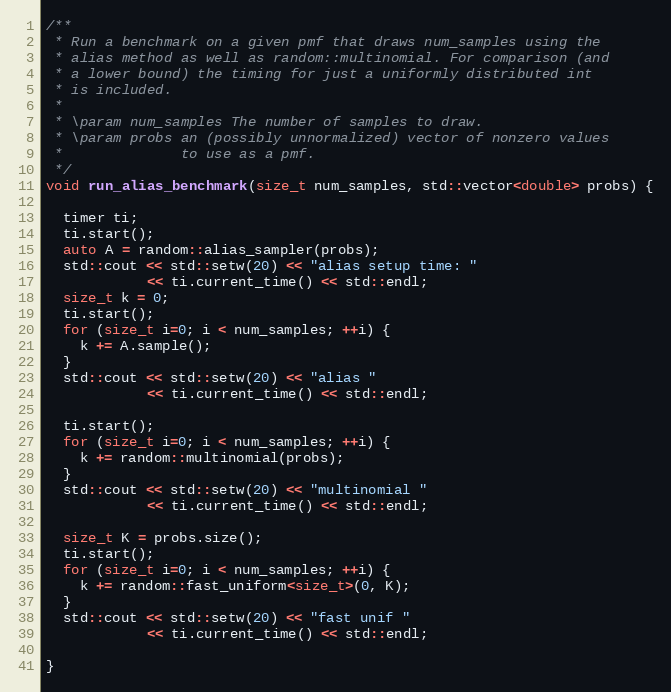
Language: C++
/**
 * Run a benchmark on a given pmf that draws num_samples using the
 * alias method as well as random::multinomial. For comparison (and
 * a lower bound) the timing for just a uniformly distributed int
 * is included.
 *
 * \param num_samples The number of samples to draw.
 * \param probs an (possibly unnormalized) vector of nonzero values
 *              to use as a pmf.
 */
void run_alias_benchmark(size_t num_samples, std::vector<double> probs) {

  timer ti;
  ti.start();
  auto A = random::alias_sampler(probs);
  std::cout << std::setw(20) << "alias setup time: "
            << ti.current_time() << std::endl;
  size_t k = 0;
  ti.start();
  for (size_t i=0; i < num_samples; ++i) {
    k += A.sample();
  }
  std::cout << std::setw(20) << "alias "
            << ti.current_time() << std::endl;

  ti.start();
  for (size_t i=0; i < num_samples; ++i) {
    k += random::multinomial(probs);
  }
  std::cout << std::setw(20) << "multinomial "
            << ti.current_time() << std::endl;

  size_t K = probs.size();
  ti.start();
  for (size_t i=0; i < num_samples; ++i) {
    k += random::fast_uniform<size_t>(0, K);
  }
  std::cout << std::setw(20) << "fast unif "
            << ti.current_time() << std::endl;

}